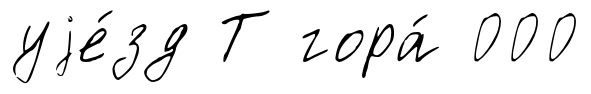
уjе́зд Т гора́ 000